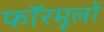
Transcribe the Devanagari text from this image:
फॉरमूलों